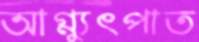
আগ্ন্যুৎপাত